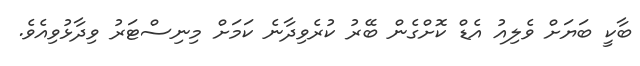
ބާކީ ބަޔަށް ވެލިއު އެޑް ކޮށްގެން ބޭރު ކުރެވިދާނެ ކަމަށް މިނިސްޓަރު ވިދާޅުވިއެވެ.